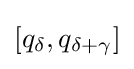
[q_{\delta },q_{\delta +\gamma }]